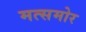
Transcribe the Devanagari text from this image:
मत्समोर